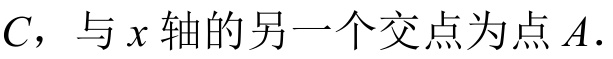
$C$，与$x$轴的另一个交点为点$A.$